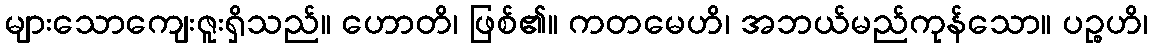
များသောကျေးဇူးရှိသည်။ ဟောတိ၊ ဖြစ်၏။ ကတမေဟိ၊ အဘယ်မည်ကုန်သော။ ပဉ္စဟိ၊